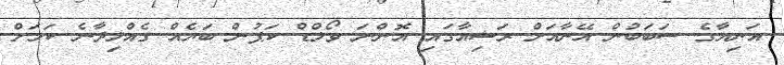
އަނިޔާގެ ސަބަބުން އޭނާއަށް ރަޝިއާގައި އޮންނަ ވޯލްޑް ކަޕުން ބަޔެއް ގެއްލިދާނެ ކަމަށް